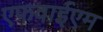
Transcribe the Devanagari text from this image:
एफवाईएम